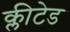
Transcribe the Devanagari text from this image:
क्लीटेड